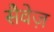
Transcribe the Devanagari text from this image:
सैवेज़